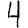
Digit: 4